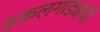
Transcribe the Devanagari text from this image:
ढकलगाड्यांची